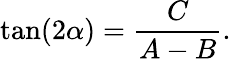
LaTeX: \tan(2\alpha)={\frac{C}{A-B}}.